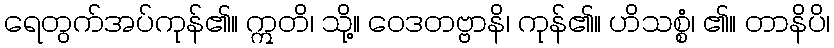
ရေတွက်အပ်ကုန်၏။ ဣတိ၊ သို့။ ဝေဒတဗ္ဗာနိ၊ ကုန်၏။ ဟိသစ္စံ၊ ၏။ တာနိပိ၊